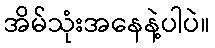
အိမ်သုံးအနေနဲ့ပါပဲ။